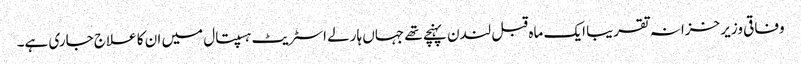
وفاقی وزیر خزانہ تقریبا ایک ماہ قبل لندن پہنچے تھے جہاں ہارلے اسٹریٹ ہسپتال میں ان کا علاج جاری ہے۔